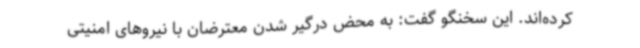
کرده‌اند. این سخنگو گفت: به محض درگیر شدن معترضان با نیروهای امنیتی